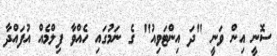
ސޮނީ އިން ވަނީ "ދަ އިންޓަވިއު" ގެ ނަމުގައި ހެއްވާ ފިލްމެއް އުފައްދާ